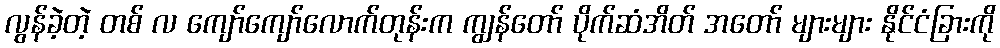
လွန်ခဲ့တဲ့ တစ် လ ကျော်ကျော်လောက်တုန်းက ကျွန်တော် ပိုက်ဆံအိတ် အတော် များများ နိုင်ငံခြားကို